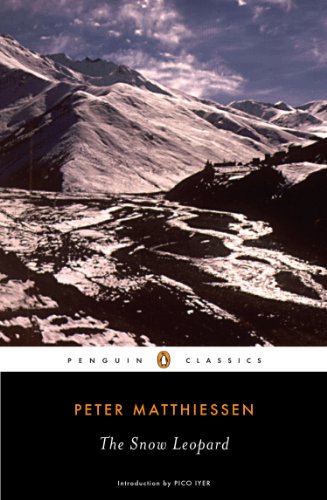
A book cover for The Snow Leopard (Penguin Classics); Peter Matthiessen; Science & Math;